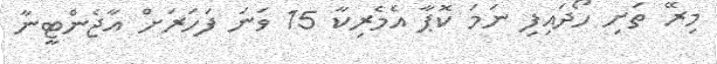
މިރޭ ތަށި ހޯދައިފި ނަމަ ކޮޕާ އެެމެރިކާ 15 ވަނަ ފަހަރަށް އާޖެންޓީނާ